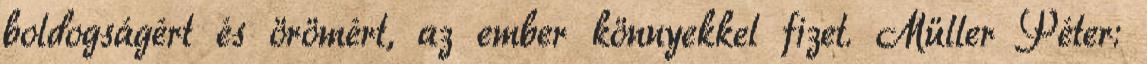
boldogságért és örömért, az ember könnyekkel fizet. Müller Péter: